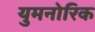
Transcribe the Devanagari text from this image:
युमनोरिक